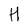
Character: H